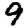
Digit: 9